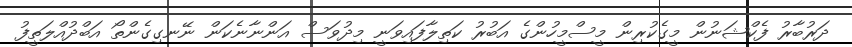
ދަރުބާރު ފެކްޝަނުން މީގެކުރިން މީސްމީހުންގެ އަބުރު ކަތިލާފައިވަނީ މިދުވަސް އަންނާނެކަން ނޭނގިގެންތޯ އަބްދުއްލަތީފު